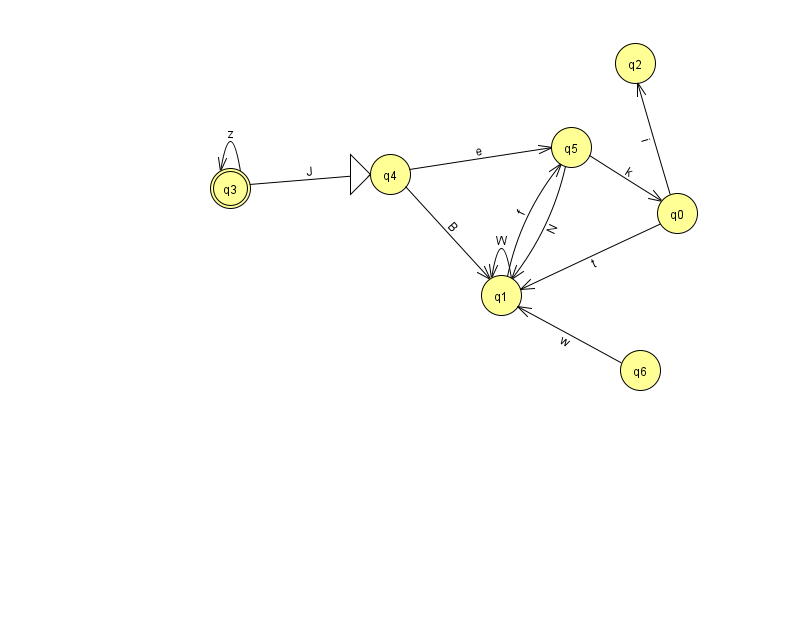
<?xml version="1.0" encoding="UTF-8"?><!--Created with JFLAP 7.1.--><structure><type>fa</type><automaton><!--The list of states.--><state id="0" name="q0"><x>677.0</x><y>200.0</y></state><state id="1" name="q1"><x>501.0</x><y>282.0</y></state><state id="2" name="q2"><x>635.0</x><y>50.0</y></state><state id="3" name="q3"><x>230.0</x><y>175.0</y><final/></state><state id="4" name="q4"><x>390.0</x><y>161.0</y><initial/></state><state id="5" name="q5"><x>571.0</x><y>134.0</y></state><state id="6" name="q6"><x>640.0</x><y>357.0</y></state><!--The list of transitions.--><transition><from>3</from><to>4</to><read>J</read></transition><transition><from>4</from><to>5</to><read>e</read></transition><transition><from>5</from><to>1</to><read>N</read></transition><transition><from>1</from><to>1</to><read>W</read></transition><transition><from>0</from><to>1</to><read>t</read></transition><transition><from>6</from><to>1</to><read>w</read></transition><transition><from>3</from><to>3</to><read>z</read></transition><transition><from>1</from><to>5</to><read>f</read></transition><transition><from>5</from><to>0</to><read>k</read></transition><transition><from>0</from><to>2</to><read>i</read></transition><transition><from>4</from><to>1</to><read>B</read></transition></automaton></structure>